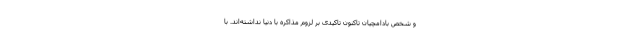
و شخص بادامچیان تاکنون تاکیدی بر لزوم مذاکره با دنیا نداشته‌اند. با